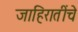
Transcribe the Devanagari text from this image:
जाहिरातींचे